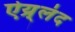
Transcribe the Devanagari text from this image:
ऐय्र्लंद